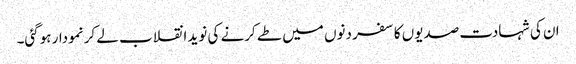
ان کی شہادت صدیوں کا سفر دنوں میں طے کرنے کی نوید انقلاب لے کر نمودار ہوگئی۔